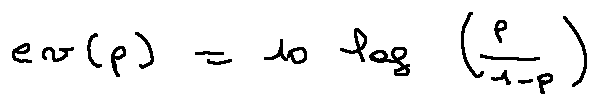
e v ( p ) = 1 0 \log ( \frac { p } { 1 - p } )